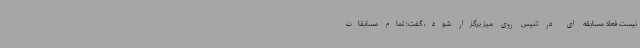
نیست فعلا مسابقه ای در تنیس روی میز برگزار شود، گفت: تمام مسابقات